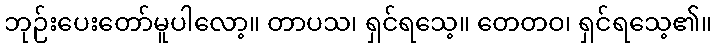
ဘုဉ်းပေးတော်မူပါလော့။ တာပသ၊ ရှင်ရသေ့။ တေတဝ၊ ရှင်ရသေ့၏။